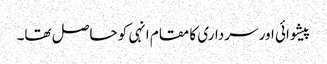
پیشوائی اور سرداری کا مقام انہی کو حاصل تھا۔